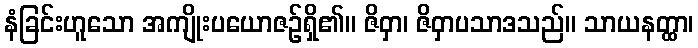
နံခြင်းဟူသော အကျိုးပယောဇဉ်ရှိ၏။ ဇိဝှာ၊ ဇိဝှာပသာဒသည်။ သာယနတ္ထာ၊